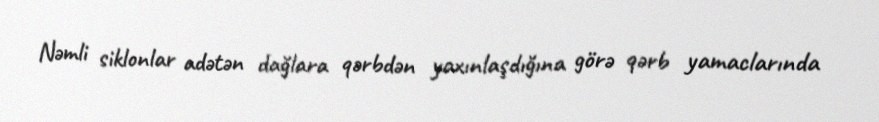
Nəmli siklonlar adətən dağlara qərbdən yaxınlaşdığına görə qərb yamaclarında